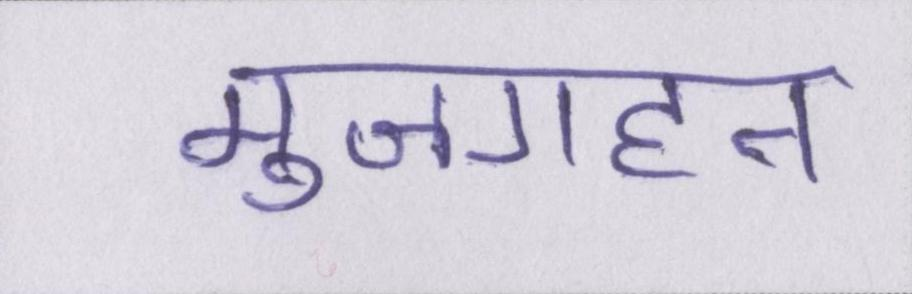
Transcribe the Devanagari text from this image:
मुजगहन